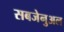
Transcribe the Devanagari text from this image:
सबजेनुअल